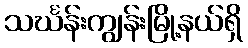
သင်္ဃန်းကျွန်းမြို့နယ်ရှိ